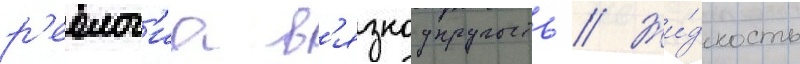
р'еолог'иа в'язкоупругость // Жи́дкость